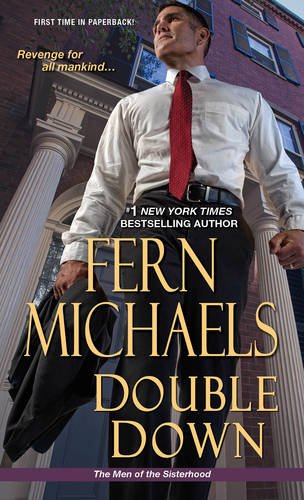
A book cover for Double Down (The Men Of The Sisterhood); Fern Michaels; Mystery, Thriller & Suspense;